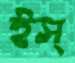
ইস্